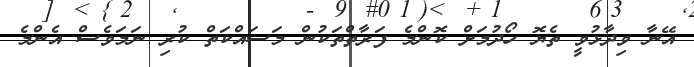
އޭނާ ވިދާޅުވީ ތެޔޮ ހޯދުމަށް ކޮންމެ ފަރާތްތަކުން މަސައްކަތް ކުރި ނަމަވެސް އެންމެ